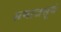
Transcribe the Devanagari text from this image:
समाजसूर्य